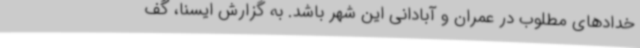
خدادهای مطلوب در عمران و آبادانی این شهر باشد. به گزارش ایسنا، گف